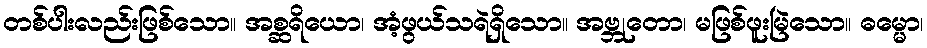
တစ်ပါးလည်းဖြစ်သော။ အစ္ဆရိယော၊ အံ့ဖွယ်သရဲရှိသော။ အဗ္ဘုတော၊ မဖြစ်ဖူးမြဲသော။ ဓမ္မော၊